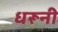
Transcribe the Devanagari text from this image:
धरूनी